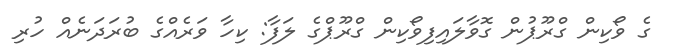
ގެ ވޯކިން ގްރޫޕުން ގޮވާލައިފިވޯކިން ގްރޫޕްގެ ލަފާ: ކިހާ ވަރެއްގެ ބުރަދަނެއް ހުރި